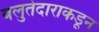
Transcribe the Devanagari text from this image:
बलुतेदाराकडून